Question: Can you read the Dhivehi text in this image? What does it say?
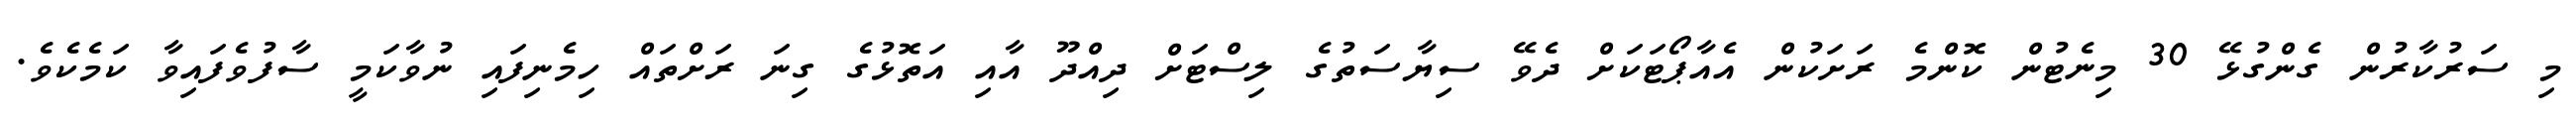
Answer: މި ސަރުކާރުން ގެންގުޅޭ 30 މިނެޓުން ކޮންމެ ރަށަކުން އެއާޕޯޓަކަށް ދެވޭ ސިޔާސަތުގެ ލިސްޓަށް ދިއްދޫ އާއި އަތޮޅުގެ ގިނަ ރަށްތައް ހިމެނިފައި ނުވާކަމީ ސާފުވެފައިވާ ކަމެކެވެ.